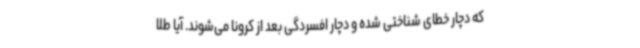
که دچار خطای شناختی شده و دچار افسردگی بعد از کرونا می‌شوند. آیا طلا